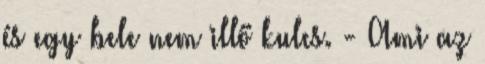
és egy bele nem illő kulcs. - Ami az